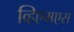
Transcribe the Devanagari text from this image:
व्हिएमएस